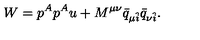
W = p ^ { A } p ^ { A } u + M ^ { \mu \nu } \bar { q } _ { \mu \hat { i } } \bar { q } _ { \nu \hat { i } } .